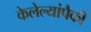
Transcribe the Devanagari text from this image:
केलेल्यांपैकी